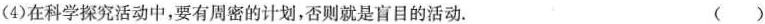
(4)在科学探究活动中，要有周密的计划，否则就是盲目的活动。 ( )